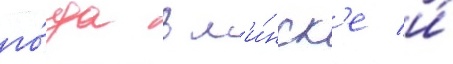
го́да в м'и́нск'е и́